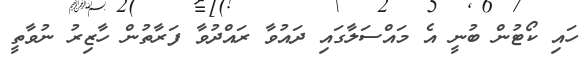
ހައި ކޯޓުން ބުނީ އެ މައްސަލާގައި ދައުވާ ރައްދުވާ ފަރާތުން ހާޒިރު ނުވާތީ